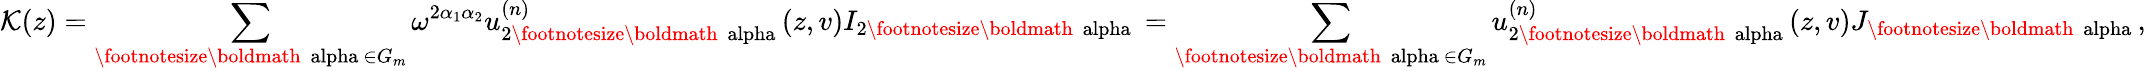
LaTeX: {\cal K}(z)=\sum_{\mathrm{\footnotesize\boldmath~\ alpha~}\in G_{m}}\omega^{2\alpha_{1}\alpha_{2}}u_{2\mathrm{\footnotesize\boldmath~\ alpha~}}^{(n)}(z,v)I_{2\mathrm{\footnotesize\boldmath~\ alpha~}}=\sum_{\mathrm{\footnotesize\boldmath~\ alpha~}\in G_{m}}u_{2\mathrm{\footnotesize\boldmath~\ alpha~}}^{(n)}(z,v)J_{\mathrm{\footnotesize\boldmath~\ alpha~}},